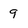
Character: 9